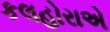
કલહોરાએ